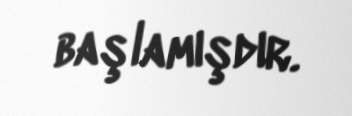
başlamışdır.